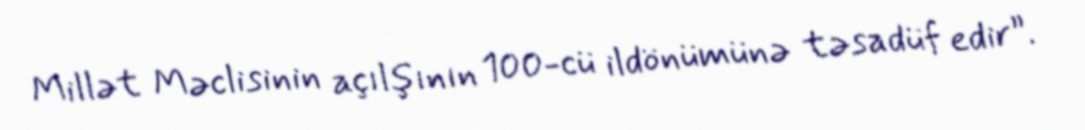
Millət Məclisinin açılşının 100-cü ildönümünə təsadüf edir”.